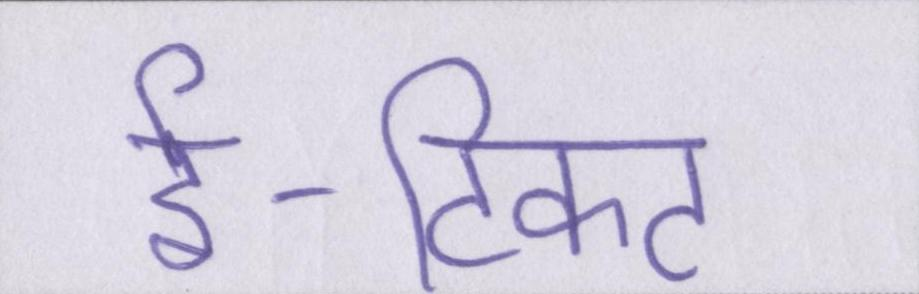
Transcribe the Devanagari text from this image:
ई-टिकट